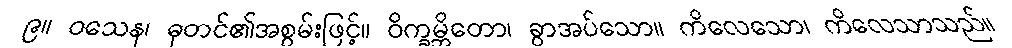
၉။ ဝသေန၊ ဓုတင်၏အစွမ်းဖြင့်။ ဝိက္ခမ္ဘိတော၊ ခွာအပ်သော။ ကိလေသော၊ ကိလေသာသည်။